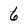
Character: 6